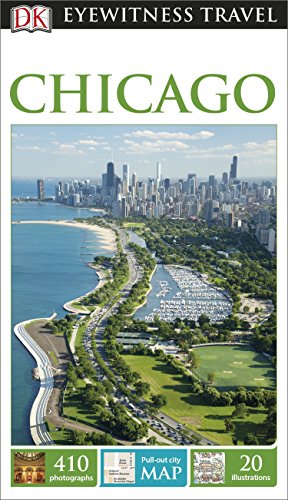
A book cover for DK Eyewitness Travel Guide: Chicago; DK Publishing; Travel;